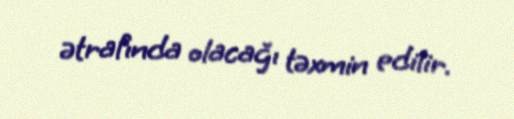
ətrafında olacağı təxmin edilir.